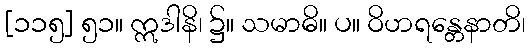
[၁၁၅] ၅၁။ ဣဒါနိ၊ ၌။ သမာဓိ။ ပ။ ဝိဟရန္တေနာတိ၊